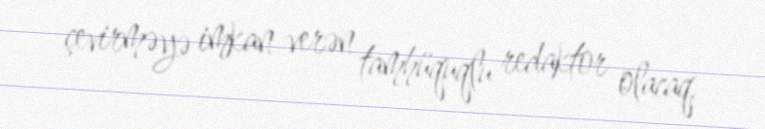
çevirməyə imkan verən tamhüquqlu redaktor olacaq.